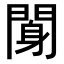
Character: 𨉖